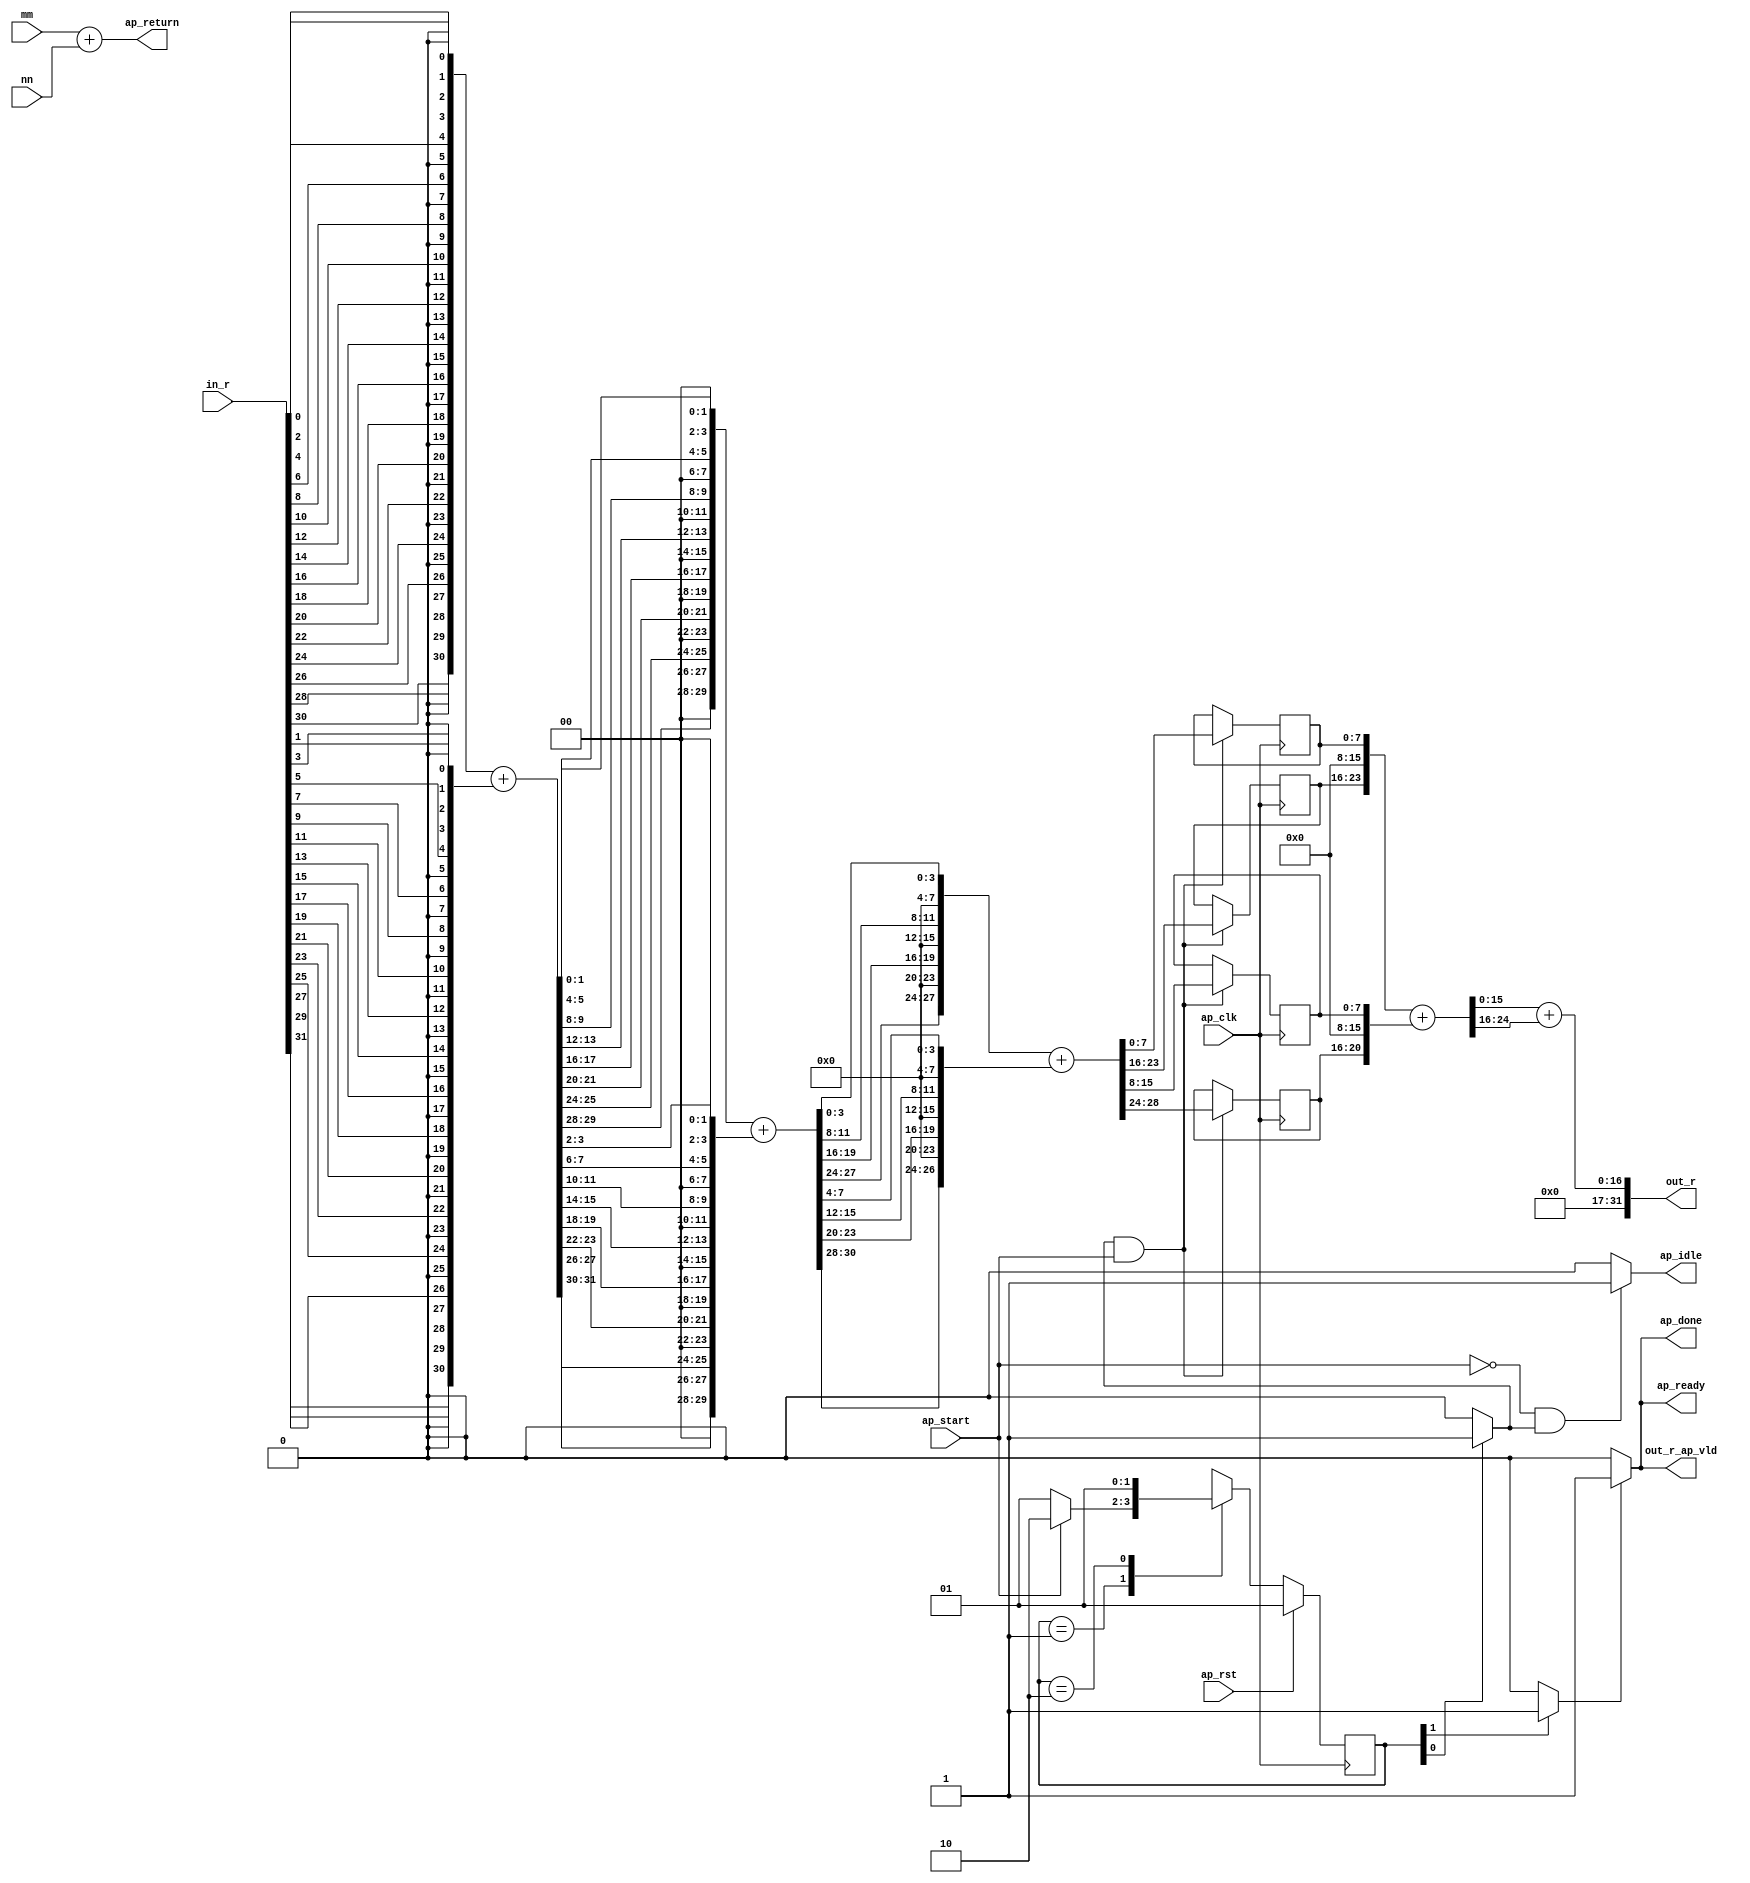
// ==============================================================
// RTL generated by Vivado(TM) HLS - High-Level Synthesis from C, C++ and SystemC
// Version: 2015.4
// Copyright (C) 2015 Xilinx Inc. All rights reserved.
// 
// ===========================================================

`timescale 1 ns / 1 ps 

(* CORE_GENERATION_INFO="bitcount,hls_ip_2015_4,{HLS_INPUT_TYPE=c,HLS_INPUT_FLOAT=0,HLS_INPUT_FIXED=0,HLS_INPUT_PART=xc7z020clg484-1,HLS_INPUT_CLOCK=10.000000,HLS_INPUT_ARCH=others,HLS_SYN_CLOCK=7.200000,HLS_SYN_LAT=1,HLS_SYN_TPT=none,HLS_SYN_MEM=0,HLS_SYN_DSP=0,HLS_SYN_FF=31,HLS_SYN_LUT=167}" *)

module bitcount (
        ap_clk,
        ap_rst,
        ap_start,
        ap_done,
        ap_idle,
        ap_ready,
        in_r,
        mm,
        out_r,
        out_r_ap_vld,
        nn,
        ap_return
);

parameter    ap_const_logic_1 = 1'b1;
parameter    ap_const_logic_0 = 1'b0;
parameter    ap_ST_st1_fsm_0 = 2'b1;
parameter    ap_ST_st2_fsm_1 = 2'b10;
parameter    ap_const_lv32_0 = 32'b00000000000000000000000000000000;
parameter    ap_const_lv1_1 = 1'b1;
parameter    ap_const_lv32_1 = 32'b1;
parameter    ap_const_lv32_1F = 32'b11111;
parameter    ap_const_lv32_1D = 32'b11101;
parameter    ap_const_lv32_1B = 32'b11011;
parameter    ap_const_lv32_19 = 32'b11001;
parameter    ap_const_lv32_17 = 32'b10111;
parameter    ap_const_lv32_15 = 32'b10101;
parameter    ap_const_lv32_13 = 32'b10011;
parameter    ap_const_lv32_11 = 32'b10001;
parameter    ap_const_lv32_F = 32'b1111;
parameter    ap_const_lv32_D = 32'b1101;
parameter    ap_const_lv32_B = 32'b1011;
parameter    ap_const_lv32_9 = 32'b1001;
parameter    ap_const_lv32_7 = 32'b111;
parameter    ap_const_lv32_5 = 32'b101;
parameter    ap_const_lv32_3 = 32'b11;
parameter    ap_const_lv1_0 = 1'b0;
parameter    ap_const_lv32_1E = 32'b11110;
parameter    ap_const_lv32_1C = 32'b11100;
parameter    ap_const_lv32_1A = 32'b11010;
parameter    ap_const_lv32_18 = 32'b11000;
parameter    ap_const_lv32_16 = 32'b10110;
parameter    ap_const_lv32_14 = 32'b10100;
parameter    ap_const_lv32_12 = 32'b10010;
parameter    ap_const_lv32_10 = 32'b10000;
parameter    ap_const_lv32_E = 32'b1110;
parameter    ap_const_lv32_C = 32'b1100;
parameter    ap_const_lv32_A = 32'b1010;
parameter    ap_const_lv32_8 = 32'b1000;
parameter    ap_const_lv32_6 = 32'b110;
parameter    ap_const_lv32_4 = 32'b100;
parameter    ap_const_lv32_2 = 32'b10;
parameter    ap_const_lv2_0 = 2'b00;
parameter    ap_const_lv4_0 = 4'b0000;
parameter    ap_const_lv8_0 = 8'b00000000;
parameter    ap_true = 1'b1;

input   ap_clk;
input   ap_rst;
input   ap_start;
output   ap_done;
output   ap_idle;
output   ap_ready;
input  [63:0] in_r;
input  [31:0] mm;
output  [31:0] out_r;
output   out_r_ap_vld;
input  [31:0] nn;
output  [31:0] ap_return;

reg ap_done;
reg ap_idle;
reg ap_ready;
reg out_r_ap_vld;
(* fsm_encoding = "none" *) reg   [1:0] ap_CS_fsm = 2'b1;
reg    ap_sig_cseq_ST_st1_fsm_0;
reg    ap_sig_bdd_18;
reg   [4:0] tmp_65_reg_1004;
reg   [7:0] tmp_66_reg_1009;
reg   [7:0] tmp_67_reg_1014;
wire   [7:0] tmp_68_fu_931_p1;
reg   [7:0] tmp_68_reg_1019;
reg    ap_sig_cseq_ST_st2_fsm_1;
reg    ap_sig_bdd_49;
wire   [0:0] tmp_fu_143_p3;
wire   [0:0] tmp_3_fu_151_p3;
wire   [0:0] tmp_6_fu_159_p3;
wire   [0:0] tmp_9_fu_167_p3;
wire   [0:0] tmp_11_fu_175_p3;
wire   [0:0] tmp_14_fu_183_p3;
wire   [0:0] tmp_15_fu_191_p3;
wire   [0:0] tmp_16_fu_199_p3;
wire   [0:0] tmp_17_fu_207_p3;
wire   [0:0] tmp_18_fu_215_p3;
wire   [0:0] tmp_19_fu_223_p3;
wire   [0:0] tmp_20_fu_231_p3;
wire   [0:0] tmp_21_fu_239_p3;
wire   [0:0] tmp_22_fu_247_p3;
wire   [0:0] tmp_23_fu_255_p3;
wire   [0:0] tmp_24_fu_263_p3;
wire   [30:0] tmp_1_fu_271_p32;
wire   [0:0] tmp_25_fu_341_p3;
wire   [0:0] tmp_26_fu_349_p3;
wire   [0:0] tmp_27_fu_357_p3;
wire   [0:0] tmp_28_fu_365_p3;
wire   [0:0] tmp_29_fu_373_p3;
wire   [0:0] tmp_30_fu_381_p3;
wire   [0:0] tmp_31_fu_389_p3;
wire   [0:0] tmp_32_fu_397_p3;
wire   [0:0] tmp_33_fu_405_p3;
wire   [0:0] tmp_34_fu_413_p3;
wire   [0:0] tmp_35_fu_421_p3;
wire   [0:0] tmp_36_fu_429_p3;
wire   [0:0] tmp_37_fu_437_p3;
wire   [0:0] tmp_38_fu_445_p3;
wire   [0:0] tmp_39_fu_453_p3;
wire   [0:0] tmp_40_fu_461_p1;
wire   [30:0] tmp_2_fu_465_p32;
wire   [31:0] tmp_2_cast_fu_531_p1;
wire   [31:0] tmp_1_cast_fu_337_p1;
wire   [31:0] i_1_fu_535_p2;
wire   [1:0] tmp_41_fu_541_p4;
wire   [1:0] tmp_42_fu_551_p4;
wire   [1:0] tmp_43_fu_561_p4;
wire   [1:0] tmp_44_fu_571_p4;
wire   [1:0] tmp_45_fu_581_p4;
wire   [1:0] tmp_46_fu_591_p4;
wire   [1:0] tmp_47_fu_601_p4;
wire   [1:0] tmp_48_fu_611_p4;
wire   [29:0] tmp_4_fu_621_p16;
wire   [1:0] tmp_49_fu_659_p4;
wire   [1:0] tmp_50_fu_669_p4;
wire   [1:0] tmp_51_fu_679_p4;
wire   [1:0] tmp_52_fu_689_p4;
wire   [1:0] tmp_53_fu_699_p4;
wire   [1:0] tmp_54_fu_709_p4;
wire   [1:0] tmp_55_fu_719_p4;
wire   [1:0] tmp_56_fu_729_p1;
wire   [29:0] tmp_5_fu_733_p16;
wire   [30:0] tmp_5_cast_fu_767_p1;
wire   [30:0] tmp_4_cast_fu_655_p1;
wire   [30:0] i_2_fu_771_p2;
wire   [2:0] tmp_57_fu_777_p4;
wire   [3:0] tmp_58_fu_787_p4;
wire   [3:0] tmp_59_fu_797_p4;
wire   [3:0] tmp_60_fu_807_p4;
wire   [26:0] tmp_7_fu_817_p8;
wire   [3:0] tmp_61_fu_839_p4;
wire   [3:0] tmp_62_fu_849_p4;
wire   [3:0] tmp_63_fu_859_p4;
wire   [3:0] tmp_64_fu_869_p1;
wire   [27:0] tmp_8_fu_873_p8;
wire   [28:0] tmp_8_cast_fu_891_p1;
wire   [28:0] tmp_7_cast_fu_835_p1;
wire   [28:0] i_3_fu_895_p2;
wire   [20:0] tmp_s_fu_935_p4;
wire   [23:0] tmp_10_fu_947_p4;
wire   [24:0] tmp_10_cast_fu_955_p1;
wire   [24:0] tmp_cast_fu_943_p1;
wire   [24:0] i_4_fu_959_p2;
wire   [8:0] tmp_11_cast_fu_969_p4;
wire   [15:0] tmp_69_fu_965_p1;
wire   [16:0] tmp_13_cast_fu_983_p1;
wire   [16:0] tmp_12_cast_fu_979_p1;
wire   [16:0] i_5_fu_987_p2;
reg   [1:0] ap_NS_fsm;




always @ (posedge ap_clk) begin : ap_ret_ap_CS_fsm
    if (ap_rst == 1'b1) begin
        ap_CS_fsm <= ap_ST_st1_fsm_0;
    end else begin
        ap_CS_fsm <= ap_NS_fsm;
    end
end

always @ (posedge ap_clk) begin
    if (((ap_const_logic_1 == ap_sig_cseq_ST_st1_fsm_0) & ~(ap_start == ap_const_logic_0))) begin
        tmp_65_reg_1004 <= {{i_3_fu_895_p2[ap_const_lv32_1C : ap_const_lv32_18]}};
        tmp_66_reg_1009 <= {{i_3_fu_895_p2[ap_const_lv32_F : ap_const_lv32_8]}};
        tmp_67_reg_1014 <= {{i_3_fu_895_p2[ap_const_lv32_17 : ap_const_lv32_10]}};
        tmp_68_reg_1019 <= tmp_68_fu_931_p1;
    end
end

always @ (ap_sig_cseq_ST_st2_fsm_1) begin
    if ((ap_const_logic_1 == ap_sig_cseq_ST_st2_fsm_1)) begin
        ap_done = ap_const_logic_1;
    end else begin
        ap_done = ap_const_logic_0;
    end
end

always @ (ap_start or ap_sig_cseq_ST_st1_fsm_0) begin
    if ((~(ap_const_logic_1 == ap_start) & (ap_const_logic_1 == ap_sig_cseq_ST_st1_fsm_0))) begin
        ap_idle = ap_const_logic_1;
    end else begin
        ap_idle = ap_const_logic_0;
    end
end

always @ (ap_sig_cseq_ST_st2_fsm_1) begin
    if ((ap_const_logic_1 == ap_sig_cseq_ST_st2_fsm_1)) begin
        ap_ready = ap_const_logic_1;
    end else begin
        ap_ready = ap_const_logic_0;
    end
end

always @ (ap_sig_bdd_18) begin
    if (ap_sig_bdd_18) begin
        ap_sig_cseq_ST_st1_fsm_0 = ap_const_logic_1;
    end else begin
        ap_sig_cseq_ST_st1_fsm_0 = ap_const_logic_0;
    end
end

always @ (ap_sig_bdd_49) begin
    if (ap_sig_bdd_49) begin
        ap_sig_cseq_ST_st2_fsm_1 = ap_const_logic_1;
    end else begin
        ap_sig_cseq_ST_st2_fsm_1 = ap_const_logic_0;
    end
end

always @ (ap_sig_cseq_ST_st2_fsm_1) begin
    if ((ap_const_logic_1 == ap_sig_cseq_ST_st2_fsm_1)) begin
        out_r_ap_vld = ap_const_logic_1;
    end else begin
        out_r_ap_vld = ap_const_logic_0;
    end
end
always @ (ap_start or ap_CS_fsm) begin
    case (ap_CS_fsm)
        ap_ST_st1_fsm_0 : 
        begin
            if (~(ap_start == ap_const_logic_0)) begin
                ap_NS_fsm = ap_ST_st2_fsm_1;
            end else begin
                ap_NS_fsm = ap_ST_st1_fsm_0;
            end
        end
        ap_ST_st2_fsm_1 : 
        begin
            ap_NS_fsm = ap_ST_st1_fsm_0;
        end
        default : 
        begin
            ap_NS_fsm = 'bx;
        end
    endcase
end


assign ap_return = (mm + nn);


always @ (ap_CS_fsm) begin
    ap_sig_bdd_18 = (ap_CS_fsm[ap_const_lv32_0] == ap_const_lv1_1);
end


always @ (ap_CS_fsm) begin
    ap_sig_bdd_49 = (ap_const_lv1_1 == ap_CS_fsm[ap_const_lv32_1]);
end

assign i_1_fu_535_p2 = (tmp_2_cast_fu_531_p1 + tmp_1_cast_fu_337_p1);

assign i_2_fu_771_p2 = (tmp_5_cast_fu_767_p1 + tmp_4_cast_fu_655_p1);

assign i_3_fu_895_p2 = (tmp_8_cast_fu_891_p1 + tmp_7_cast_fu_835_p1);

assign i_4_fu_959_p2 = (tmp_10_cast_fu_955_p1 + tmp_cast_fu_943_p1);

assign i_5_fu_987_p2 = (tmp_13_cast_fu_983_p1 + tmp_12_cast_fu_979_p1);

assign out_r = i_5_fu_987_p2;

assign tmp_10_cast_fu_955_p1 = tmp_10_fu_947_p4;

assign tmp_10_fu_947_p4 = {{{tmp_67_reg_1014}, {ap_const_lv8_0}}, {tmp_68_reg_1019}};

assign tmp_11_cast_fu_969_p4 = {{i_4_fu_959_p2[ap_const_lv32_18 : ap_const_lv32_10]}};

assign tmp_11_fu_175_p3 = in_r[ap_const_lv32_17];

assign tmp_12_cast_fu_979_p1 = tmp_11_cast_fu_969_p4;

assign tmp_13_cast_fu_983_p1 = tmp_69_fu_965_p1;

assign tmp_14_fu_183_p3 = in_r[ap_const_lv32_15];

assign tmp_15_fu_191_p3 = in_r[ap_const_lv32_13];

assign tmp_16_fu_199_p3 = in_r[ap_const_lv32_11];

assign tmp_17_fu_207_p3 = in_r[ap_const_lv32_F];

assign tmp_18_fu_215_p3 = in_r[ap_const_lv32_D];

assign tmp_19_fu_223_p3 = in_r[ap_const_lv32_B];

assign tmp_1_cast_fu_337_p1 = tmp_1_fu_271_p32;

assign tmp_1_fu_271_p32 = {{{{{{{{{{{{{{{{{{{{{{{{{{{{{{{tmp_fu_143_p3}, {ap_const_lv1_0}}, {tmp_3_fu_151_p3}}, {ap_const_lv1_0}}, {tmp_6_fu_159_p3}}, {ap_const_lv1_0}}, {tmp_9_fu_167_p3}}, {ap_const_lv1_0}}, {tmp_11_fu_175_p3}}, {ap_const_lv1_0}}, {tmp_14_fu_183_p3}}, {ap_const_lv1_0}}, {tmp_15_fu_191_p3}}, {ap_const_lv1_0}}, {tmp_16_fu_199_p3}}, {ap_const_lv1_0}}, {tmp_17_fu_207_p3}}, {ap_const_lv1_0}}, {tmp_18_fu_215_p3}}, {ap_const_lv1_0}}, {tmp_19_fu_223_p3}}, {ap_const_lv1_0}}, {tmp_20_fu_231_p3}}, {ap_const_lv1_0}}, {tmp_21_fu_239_p3}}, {ap_const_lv1_0}}, {tmp_22_fu_247_p3}}, {ap_const_lv1_0}}, {tmp_23_fu_255_p3}}, {ap_const_lv1_0}}, {tmp_24_fu_263_p3}};

assign tmp_20_fu_231_p3 = in_r[ap_const_lv32_9];

assign tmp_21_fu_239_p3 = in_r[ap_const_lv32_7];

assign tmp_22_fu_247_p3 = in_r[ap_const_lv32_5];

assign tmp_23_fu_255_p3 = in_r[ap_const_lv32_3];

assign tmp_24_fu_263_p3 = in_r[ap_const_lv32_1];

assign tmp_25_fu_341_p3 = in_r[ap_const_lv32_1E];

assign tmp_26_fu_349_p3 = in_r[ap_const_lv32_1C];

assign tmp_27_fu_357_p3 = in_r[ap_const_lv32_1A];

assign tmp_28_fu_365_p3 = in_r[ap_const_lv32_18];

assign tmp_29_fu_373_p3 = in_r[ap_const_lv32_16];

assign tmp_2_cast_fu_531_p1 = tmp_2_fu_465_p32;

assign tmp_2_fu_465_p32 = {{{{{{{{{{{{{{{{{{{{{{{{{{{{{{{tmp_25_fu_341_p3}, {ap_const_lv1_0}}, {tmp_26_fu_349_p3}}, {ap_const_lv1_0}}, {tmp_27_fu_357_p3}}, {ap_const_lv1_0}}, {tmp_28_fu_365_p3}}, {ap_const_lv1_0}}, {tmp_29_fu_373_p3}}, {ap_const_lv1_0}}, {tmp_30_fu_381_p3}}, {ap_const_lv1_0}}, {tmp_31_fu_389_p3}}, {ap_const_lv1_0}}, {tmp_32_fu_397_p3}}, {ap_const_lv1_0}}, {tmp_33_fu_405_p3}}, {ap_const_lv1_0}}, {tmp_34_fu_413_p3}}, {ap_const_lv1_0}}, {tmp_35_fu_421_p3}}, {ap_const_lv1_0}}, {tmp_36_fu_429_p3}}, {ap_const_lv1_0}}, {tmp_37_fu_437_p3}}, {ap_const_lv1_0}}, {tmp_38_fu_445_p3}}, {ap_const_lv1_0}}, {tmp_39_fu_453_p3}}, {ap_const_lv1_0}}, {tmp_40_fu_461_p1}};

assign tmp_30_fu_381_p3 = in_r[ap_const_lv32_14];

assign tmp_31_fu_389_p3 = in_r[ap_const_lv32_12];

assign tmp_32_fu_397_p3 = in_r[ap_const_lv32_10];

assign tmp_33_fu_405_p3 = in_r[ap_const_lv32_E];

assign tmp_34_fu_413_p3 = in_r[ap_const_lv32_C];

assign tmp_35_fu_421_p3 = in_r[ap_const_lv32_A];

assign tmp_36_fu_429_p3 = in_r[ap_const_lv32_8];

assign tmp_37_fu_437_p3 = in_r[ap_const_lv32_6];

assign tmp_38_fu_445_p3 = in_r[ap_const_lv32_4];

assign tmp_39_fu_453_p3 = in_r[ap_const_lv32_2];

assign tmp_3_fu_151_p3 = in_r[ap_const_lv32_1D];

assign tmp_40_fu_461_p1 = in_r[0:0];

assign tmp_41_fu_541_p4 = {{i_1_fu_535_p2[ap_const_lv32_1F : ap_const_lv32_1E]}};

assign tmp_42_fu_551_p4 = {{i_1_fu_535_p2[ap_const_lv32_1B : ap_const_lv32_1A]}};

assign tmp_43_fu_561_p4 = {{i_1_fu_535_p2[ap_const_lv32_17 : ap_const_lv32_16]}};

assign tmp_44_fu_571_p4 = {{i_1_fu_535_p2[ap_const_lv32_13 : ap_const_lv32_12]}};

assign tmp_45_fu_581_p4 = {{i_1_fu_535_p2[ap_const_lv32_F : ap_const_lv32_E]}};

assign tmp_46_fu_591_p4 = {{i_1_fu_535_p2[ap_const_lv32_B : ap_const_lv32_A]}};

assign tmp_47_fu_601_p4 = {{i_1_fu_535_p2[ap_const_lv32_7 : ap_const_lv32_6]}};

assign tmp_48_fu_611_p4 = {{i_1_fu_535_p2[ap_const_lv32_3 : ap_const_lv32_2]}};

assign tmp_49_fu_659_p4 = {{i_1_fu_535_p2[ap_const_lv32_1D : ap_const_lv32_1C]}};

assign tmp_4_cast_fu_655_p1 = tmp_4_fu_621_p16;

assign tmp_4_fu_621_p16 = {{{{{{{{{{{{{{{tmp_41_fu_541_p4}, {ap_const_lv2_0}}, {tmp_42_fu_551_p4}}, {ap_const_lv2_0}}, {tmp_43_fu_561_p4}}, {ap_const_lv2_0}}, {tmp_44_fu_571_p4}}, {ap_const_lv2_0}}, {tmp_45_fu_581_p4}}, {ap_const_lv2_0}}, {tmp_46_fu_591_p4}}, {ap_const_lv2_0}}, {tmp_47_fu_601_p4}}, {ap_const_lv2_0}}, {tmp_48_fu_611_p4}};

assign tmp_50_fu_669_p4 = {{i_1_fu_535_p2[ap_const_lv32_19 : ap_const_lv32_18]}};

assign tmp_51_fu_679_p4 = {{i_1_fu_535_p2[ap_const_lv32_15 : ap_const_lv32_14]}};

assign tmp_52_fu_689_p4 = {{i_1_fu_535_p2[ap_const_lv32_11 : ap_const_lv32_10]}};

assign tmp_53_fu_699_p4 = {{i_1_fu_535_p2[ap_const_lv32_D : ap_const_lv32_C]}};

assign tmp_54_fu_709_p4 = {{i_1_fu_535_p2[ap_const_lv32_9 : ap_const_lv32_8]}};

assign tmp_55_fu_719_p4 = {{i_1_fu_535_p2[ap_const_lv32_5 : ap_const_lv32_4]}};

assign tmp_56_fu_729_p1 = i_1_fu_535_p2[1:0];

assign tmp_57_fu_777_p4 = {{i_2_fu_771_p2[ap_const_lv32_1E : ap_const_lv32_1C]}};

assign tmp_58_fu_787_p4 = {{i_2_fu_771_p2[ap_const_lv32_17 : ap_const_lv32_14]}};

assign tmp_59_fu_797_p4 = {{i_2_fu_771_p2[ap_const_lv32_F : ap_const_lv32_C]}};

assign tmp_5_cast_fu_767_p1 = tmp_5_fu_733_p16;

assign tmp_5_fu_733_p16 = {{{{{{{{{{{{{{{tmp_49_fu_659_p4}, {ap_const_lv2_0}}, {tmp_50_fu_669_p4}}, {ap_const_lv2_0}}, {tmp_51_fu_679_p4}}, {ap_const_lv2_0}}, {tmp_52_fu_689_p4}}, {ap_const_lv2_0}}, {tmp_53_fu_699_p4}}, {ap_const_lv2_0}}, {tmp_54_fu_709_p4}}, {ap_const_lv2_0}}, {tmp_55_fu_719_p4}}, {ap_const_lv2_0}}, {tmp_56_fu_729_p1}};

assign tmp_60_fu_807_p4 = {{i_2_fu_771_p2[ap_const_lv32_7 : ap_const_lv32_4]}};

assign tmp_61_fu_839_p4 = {{i_2_fu_771_p2[ap_const_lv32_1B : ap_const_lv32_18]}};

assign tmp_62_fu_849_p4 = {{i_2_fu_771_p2[ap_const_lv32_13 : ap_const_lv32_10]}};

assign tmp_63_fu_859_p4 = {{i_2_fu_771_p2[ap_const_lv32_B : ap_const_lv32_8]}};

assign tmp_64_fu_869_p1 = i_2_fu_771_p2[3:0];

assign tmp_68_fu_931_p1 = i_3_fu_895_p2[7:0];

assign tmp_69_fu_965_p1 = i_4_fu_959_p2[15:0];

assign tmp_6_fu_159_p3 = in_r[ap_const_lv32_1B];

assign tmp_7_cast_fu_835_p1 = tmp_7_fu_817_p8;

assign tmp_7_fu_817_p8 = {{{{{{{tmp_57_fu_777_p4}, {ap_const_lv4_0}}, {tmp_58_fu_787_p4}}, {ap_const_lv4_0}}, {tmp_59_fu_797_p4}}, {ap_const_lv4_0}}, {tmp_60_fu_807_p4}};

assign tmp_8_cast_fu_891_p1 = tmp_8_fu_873_p8;

assign tmp_8_fu_873_p8 = {{{{{{{tmp_61_fu_839_p4}, {ap_const_lv4_0}}, {tmp_62_fu_849_p4}}, {ap_const_lv4_0}}, {tmp_63_fu_859_p4}}, {ap_const_lv4_0}}, {tmp_64_fu_869_p1}};

assign tmp_9_fu_167_p3 = in_r[ap_const_lv32_19];

assign tmp_cast_fu_943_p1 = tmp_s_fu_935_p4;

assign tmp_fu_143_p3 = in_r[ap_const_lv32_1F];

assign tmp_s_fu_935_p4 = {{{tmp_65_reg_1004}, {ap_const_lv8_0}}, {tmp_66_reg_1009}};


endmodule //bitcount